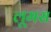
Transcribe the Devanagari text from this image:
लूमस